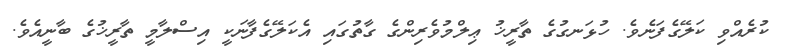
ކުރެއްވި ކަލޭގެފަނެވެ. ހުޅަނގުގެ ތާރީޚު ޢިލްމުވެރިންގެ ގާތުގައި އެކަލޭގެފާނަކީ އިސްލާމީ ތާރީޚުގެ ބާނީއެވެ.